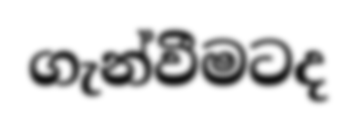
ගැන්වීමටද